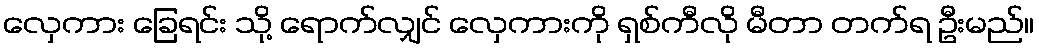
လှေကား ခြေရင်း သို့ ရောက်လျှင် လှေကားကို ရှစ်ကီလို မီတာ တက်ရ ဦးမည်။